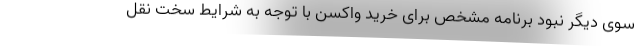
سوی دیگر نبود برنامه مشخص برای خرید واکسن با توجه به شرایط سخت نقل